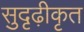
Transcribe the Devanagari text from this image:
सुदृढ़ीकृत